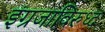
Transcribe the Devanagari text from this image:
इंग्रजाविरुध्द